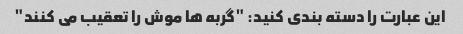
این عبارت را دسته بندی کنید: "گربه ها موش را تعقیب می کنند"